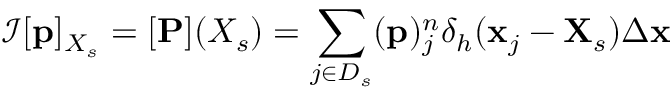
\mathcal { I } [ \mathbf { p } ] _ { X _ { s } } = [ \mathbf { P } ] ( X _ { s } ) = \sum _ { j \in D _ { s } } ( \mathbf { p } ) _ { j } ^ { n } \delta _ { h } ( \mathbf { x } _ { j } - \mathbf { X } _ { s } ) \Delta \mathbf { x }